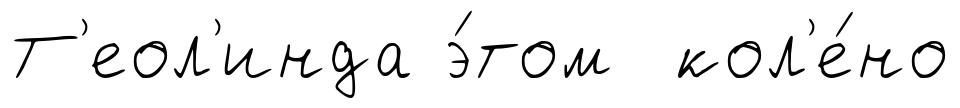
Т'еол'инда э́том кол'е́но